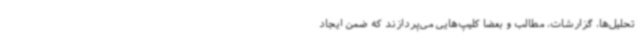
تحلیل‌ها، گزارشات، مطالب و بعضا کلیپ‌هایی می‌پردازند که ضمن ایجاد